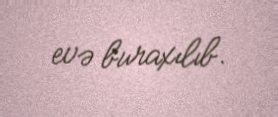
evə buraxılıb.